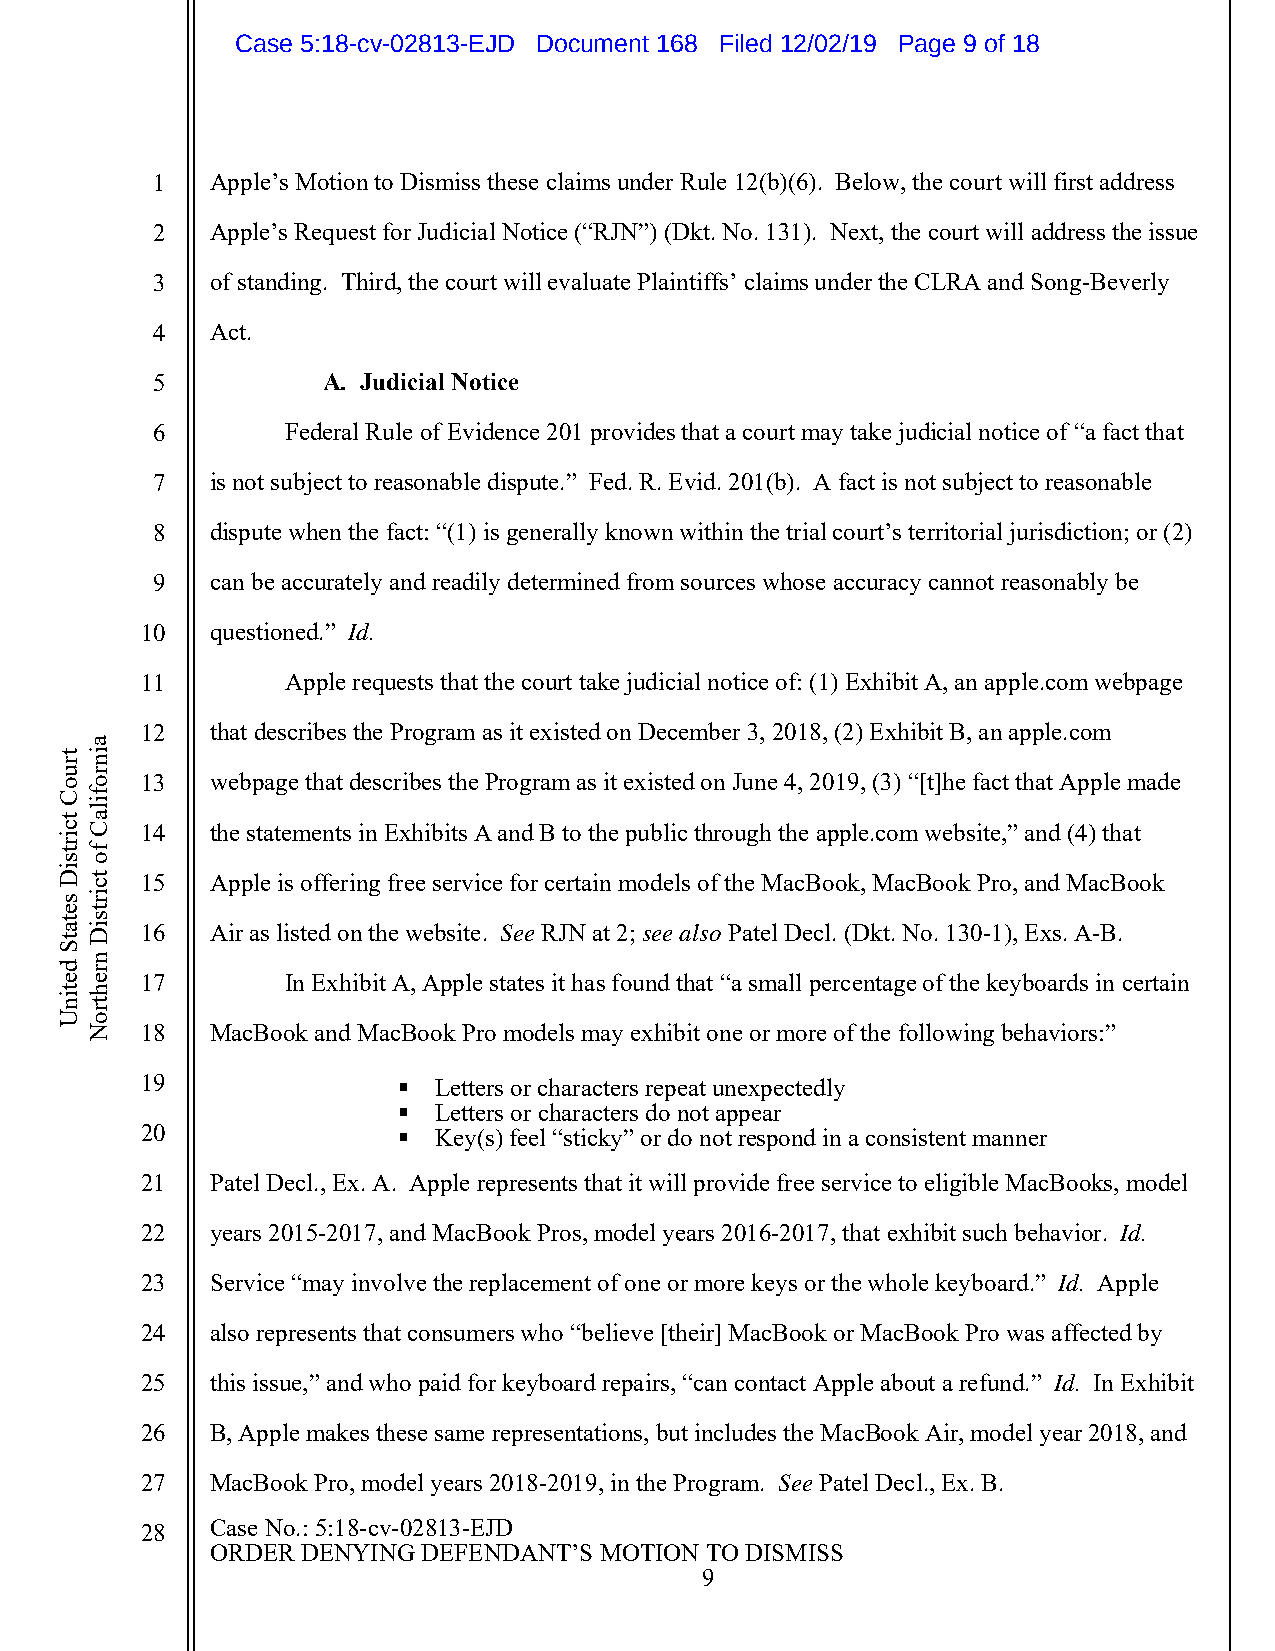
Case 5:18-cv-02813-EJD Document 168 Filed 12/02/19 Page 9 of 18
 1   Apple’s Motion to Dismiss these claims under Rule 12(b)(6). Below, the court will first address
 2   Apple’s Request for Judicial Notice (“RJN”) (Dkt. No. 131). Next, the court will address the issue
 3   of standing. Third, the court will evaluate Plaintiffs’ claims under the CLRA and Song-Beverly
 4   Act.
 5          A. Judicial Notice
 6        Federal Rule of Evidence 201 provides that a court may take judicial notice of “a fact that
 7   is not subject to reasonable dispute.” Fed. R. Evid. 201(b). A fact is not subject to reasonable
 8   dispute when the fact: “(1) is generally known within the trial court’s territorial jurisdiction; or (2)
 9   can be accurately and readily determined from sources whose accuracy cannot reasonably be
 10   questioned.” Id.
 11        Apple requests that the court take judicial notice of: (1) Exhibit A, an apple.com webpage
 12   that describes the Program as it existed on December 3, 2018, (2) Exhibit B, an apple.com
 13   webpage that describes the Program as it existed on June 4, 2019, (3) “[t]he fact that Apple made
 14   the statements in Exhibits A and B to the public through the apple.com website,” and (4) that
 15   Apple is offering free service for certain models of the MacBook, MacBook Pro, and MacBook
 16   Air as listed on the website. See RJN at 2; see also Patel Decl. (Dkt. No. 130-1), Exs. A-B.
 17        In Exhibit A, Apple states it has found that “a small percentage of the keyboards in certain
 18   MacBook and MacBook Pro models may exhibit one or more of the following behaviors:”
 19                 Letters or characters repeat unexpectedly
   Letters or characters do not appear
 20                 Key(s) feel “sticky” or do not respond in a consistent manner
 21   Patel Decl., Ex. A. Apple represents that it will provide free service to eligible MacBooks, model
 22   years 2015-2017, and MacBook Pros, model years 2016-2017, that exhibit such behavior. Id.
 23   Service “may involve the replacement of one or more keys or the whole keyboard.” Id. Apple
 24   also represents that consumers who “believe [their] MacBook or MacBook Pro was affected by
 25   this issue,” and who paid for keyboard repairs, “can contact Apple about a refund.” Id. In Exhibit
 26   B, Apple makes these same representations, but includes the MacBook Air, model year 2018, and
 27   MacBook Pro, model years 2018-2019, in the Program. See Patel Decl., Ex. B.
 28   Case No.: 5:18-cv-02813-EJD
 ORDER DENYING DEFENDANT’S MOTION TO DISMISS
 9
 truoC
 tcirtsiD
 setatS
 detinU
 ainrofilaC
 fo
 tcirtsiD
 nrehtroN